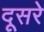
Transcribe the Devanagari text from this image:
दूसरेे